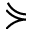
\curlyeqsucc